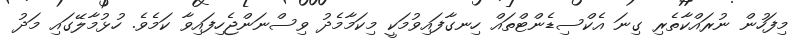
މިފަހުން ނުރައްކާތެރި ގިނަ އެކްސިޑެންޓްތައް ހިނގާފައިވުމަކީ މިކަމާމެދު ވިސްނަންޖެހިފައިވާ ކަމެވެ. ހުޅުމާލޭގައި މަދު